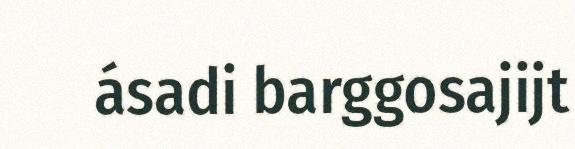
ásadi barggosajijt